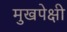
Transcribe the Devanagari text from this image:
मुखपेक्षी